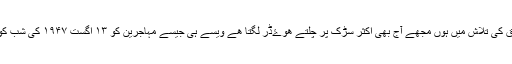
میں آج بھی اپنے بنیادی حقوق کی تلاش میں ہوں مجھے آج بھی اکثر سڑک پر چلتے ھوۓڈر لگتا ھے ویسے ہی جیسے مہاجرین کو ۱۳ اگست ۱۹۴۷ کی شب کو سفر کرتے ہوئے لگا ہو گا۔